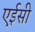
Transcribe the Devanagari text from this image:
एईसी